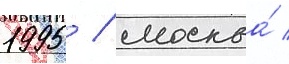
1995 / москва́ /